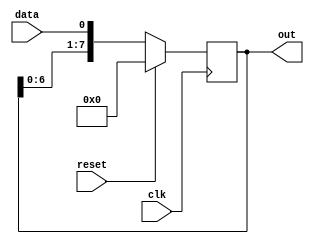
`timescale 1ns / 1ps

module shift_register #(parameter w=8)(
input data,reset,clk,
output reg [w-1:0]out
    );
	 
always @ (posedge clk)
begin
	if (reset==1)
		out = 0;
	else
		out = {out[w-2:0],data}; //shift left
end


endmodule